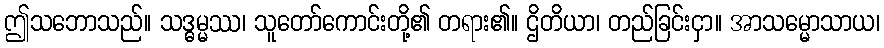
ဤသဘောသည်။ သဒ္ဓမ္မဿ၊ သူတော်ကောင်းတို့၏ တရား၏။ ဌိတိယာ၊ တည်ခြင်းငှာ။ အာသမ္မောသာယ၊